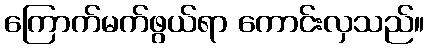
ကြောက်မက်ဖွယ်ရာ ကောင်းလှသည်။